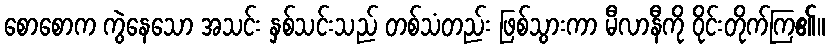
စောစောက ကွဲနေသော အသင်း နှစ်သင်းသည် တစ်သံတည်း ဖြစ်သွားကာ မီလာနီကို ဝိုင်းတိုက်ကြ၏။